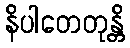
နိပါတေတုန္တိ